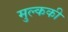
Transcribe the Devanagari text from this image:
मुल्ककी